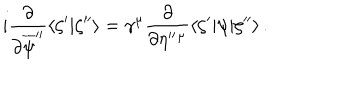
i \frac { \partial } { \partial \overline { { { \psi } } } ^ { \prime \prime } } \langle \zeta ^ { \prime } | \zeta ^ { \prime \prime } \rangle = \gamma ^ { \mu } \frac { \partial } { \partial \eta ^ { \prime \prime } { } ^ { \mu } } \langle \zeta ^ { \prime } | \psi | \zeta ^ { \prime \prime } \rangle \, .